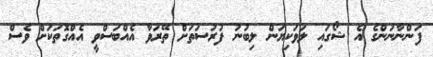
ފަންނާނުންގެ އެ ޝޯގައި ލަވަކިޔަން ލިބުނު ފުރުސަތަށް ތޭރަވާ އެއްބަސްވީ އެއްގޮތަކަށް ވެސް